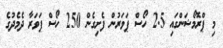
މި ޕްރޮމޯޝަންގައި 2.5 ހޯސް ޕަވަރުން ފެށިގެން 250 ހޯސް ޕަވަރާ ދެމެދުގެ